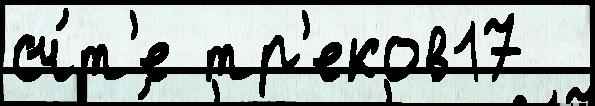
сч́т'е тр'еков17